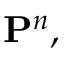
\mathbf { P } ^ { n } ,